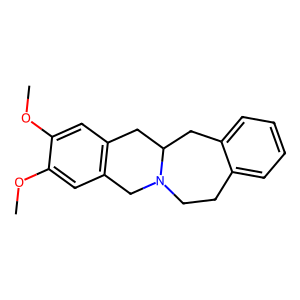
SMILES: COc1cc2c(cc1OC)CN1CCc3ccccc3CC1C2
Inhibits HIV replication: No